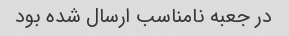
در جعبه نامناسب ارسال شده بود